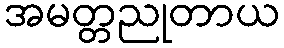
အမတ္တညုတာယ